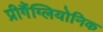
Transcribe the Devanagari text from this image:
प्रीगैंग्लियोनिक